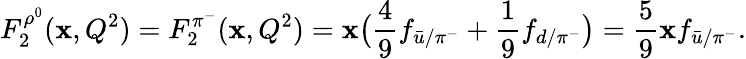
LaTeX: F_{2}^{\rho^{0}}(\mathbf{x},Q^{2})=F_{2}^{\pi^{-}}(\mathbf{x},Q^{2})=\mathbf{x}\big({\frac{{4}}{{9}}}f_{{\bar{{u}}}/\pi^{-}}+{\frac{{1}}{{9}}}f_{d/\pi^{-}}\big)={\frac{{5}}{{9}}}\mathbf{x}f_{{\bar{{u}}}/\pi^{-}}.